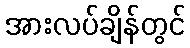
အားလပ်ချိန်တွင်